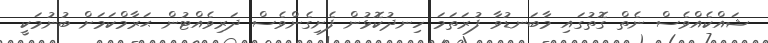
ޝައްކެއްވެސް ނެތް ގޮތުގައި މާބަނޑުވާ ފުރަތަމަ ހިނދުކޮޅުން ފެށިގެންވެސް ދަރިވެއްޓުން ޙަރާމްކަމަށް ބުނުމަކީ